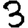
Digit: 3